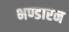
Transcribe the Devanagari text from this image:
भण्डारन